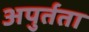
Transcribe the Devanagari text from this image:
अपुर्तता